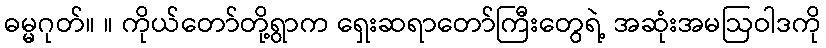
ဓမ္မဂုတ်။ ။ ကိုယ်တော်တို့ရွာက ရှေးဆရာတော်ကြီးတွေရဲ့ အဆုံးအမဩဝါဒကို